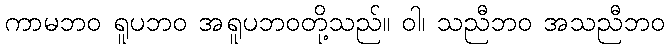
ကာမဘဝ ရူပဘဝ အရူပဘဝတို့သည်။ ဝါ၊ သညီဘဝ အသညီဘဝ